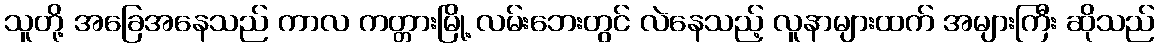
သူတို့ အခြေအနေသည် ကာလ ကတ္တားမြို့ လမ်းဘေးတွင် လဲနေသည့် လူနာများထက် အများကြီး ဆိုသည်